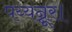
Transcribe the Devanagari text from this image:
पय्यन्नूर।